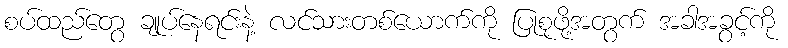
စပ်ထည်တွေ ချုပ်နေရင်းနဲ့ လင်သားတစ်ယောက်ကို ပြုစုဖို့အတွက် အခါအခွင့်ကို